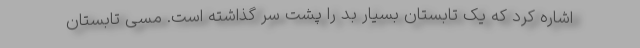
اشاره کرد که یک تابستان بسیار بد را پشت سر گذاشته است. مسی تابستان